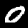
Digit: 0